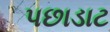
પછાડાટ